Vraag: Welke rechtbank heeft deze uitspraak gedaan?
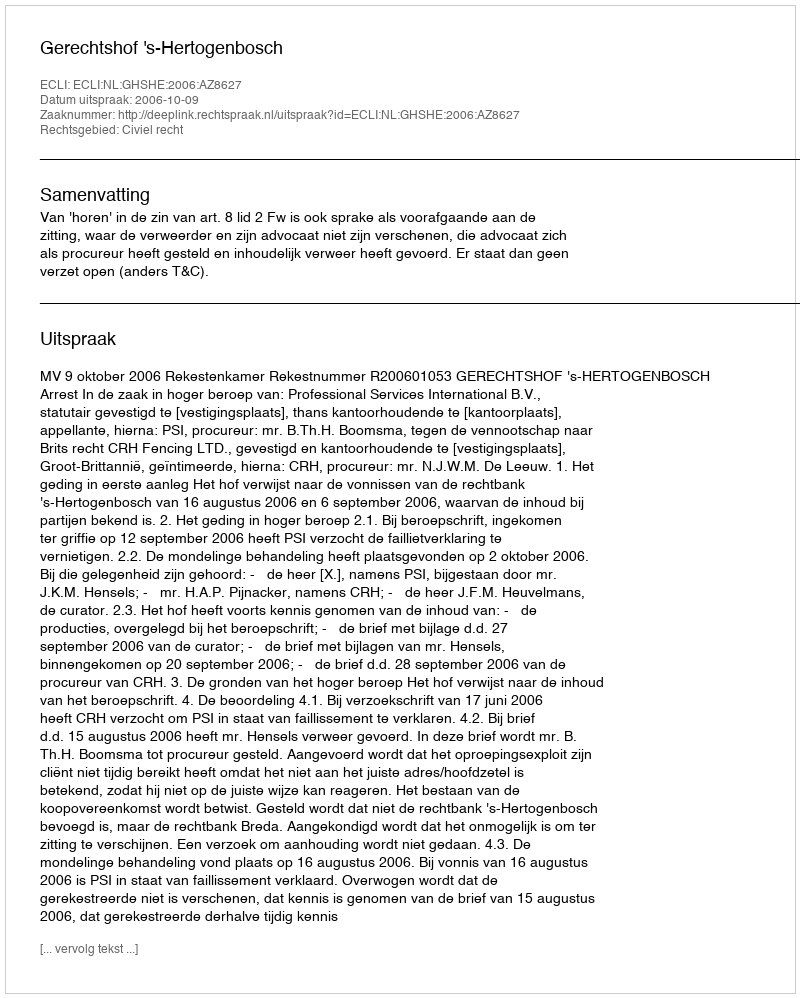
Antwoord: Gerechtshof 's-Hertogenbosch